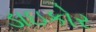
ડાઇકોર